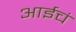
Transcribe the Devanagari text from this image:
आईचं